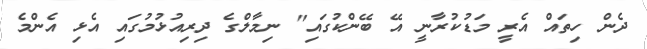
ދެން ހިތައް އެރީ މަޑުކުރާނީ އޭ ބޭންކުގައި" ނިމާލްގެ ދިރިއުޅުމުގައި އެޅި އެންމެ